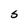
Character: S